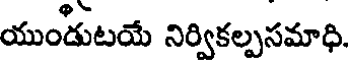
యుండుటయే నిర్వికల్పసమాధి.